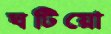
ঘটিয়ো